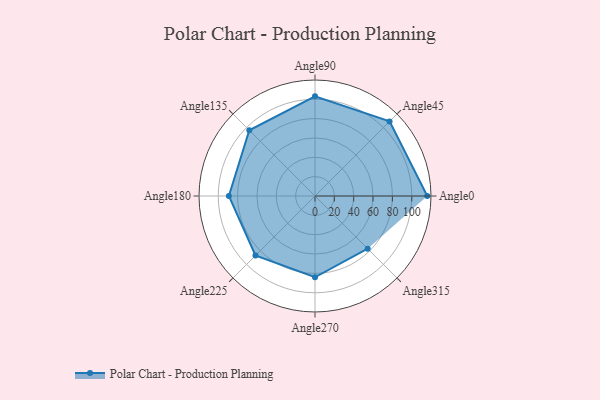
{"axis": {"x": "Angle", "y": "Radius"}, "legend": [""], "data": [{"x": "Angle0", "y": 116.0, "type": ""}, {"x": "Angle45", "y": 109.0, "type": ""}, {"x": "Angle90", "y": 103.0, "type": ""}, {"x": "Angle135", "y": 96.0, "type": ""}, {"x": "Angle180", "y": 89.0, "type": ""}, {"x": "Angle225", "y": 87.0, "type": ""}, {"x": "Angle270", "y": 84.0, "type": ""}, {"x": "Angle315", "y": 77.0, "type": ""}]}